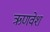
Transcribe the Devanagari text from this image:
ऋणवेश